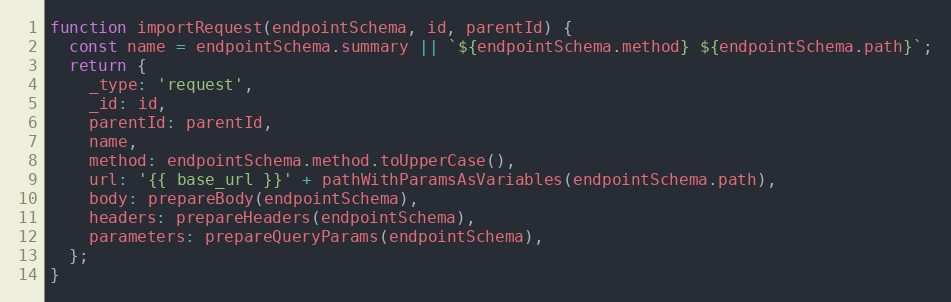
Language: JavaScript
function importRequest(endpointSchema, id, parentId) {
  const name = endpointSchema.summary || `${endpointSchema.method} ${endpointSchema.path}`;
  return {
    _type: 'request',
    _id: id,
    parentId: parentId,
    name,
    method: endpointSchema.method.toUpperCase(),
    url: '{{ base_url }}' + pathWithParamsAsVariables(endpointSchema.path),
    body: prepareBody(endpointSchema),
    headers: prepareHeaders(endpointSchema),
    parameters: prepareQueryParams(endpointSchema),
  };
}